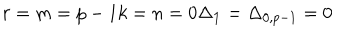
r = m = p - 1 k = n = 0 \Delta _ { \bf 1 } = \Delta _ { 0 , p - 1 } = 0